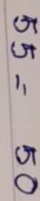
55 = 50